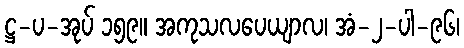
ဋ္ဌ-ပ-အုပ် ၁၅၉။ အကုသလပေယျာလ၊ အံ-၂-ပါ-၉၆၊